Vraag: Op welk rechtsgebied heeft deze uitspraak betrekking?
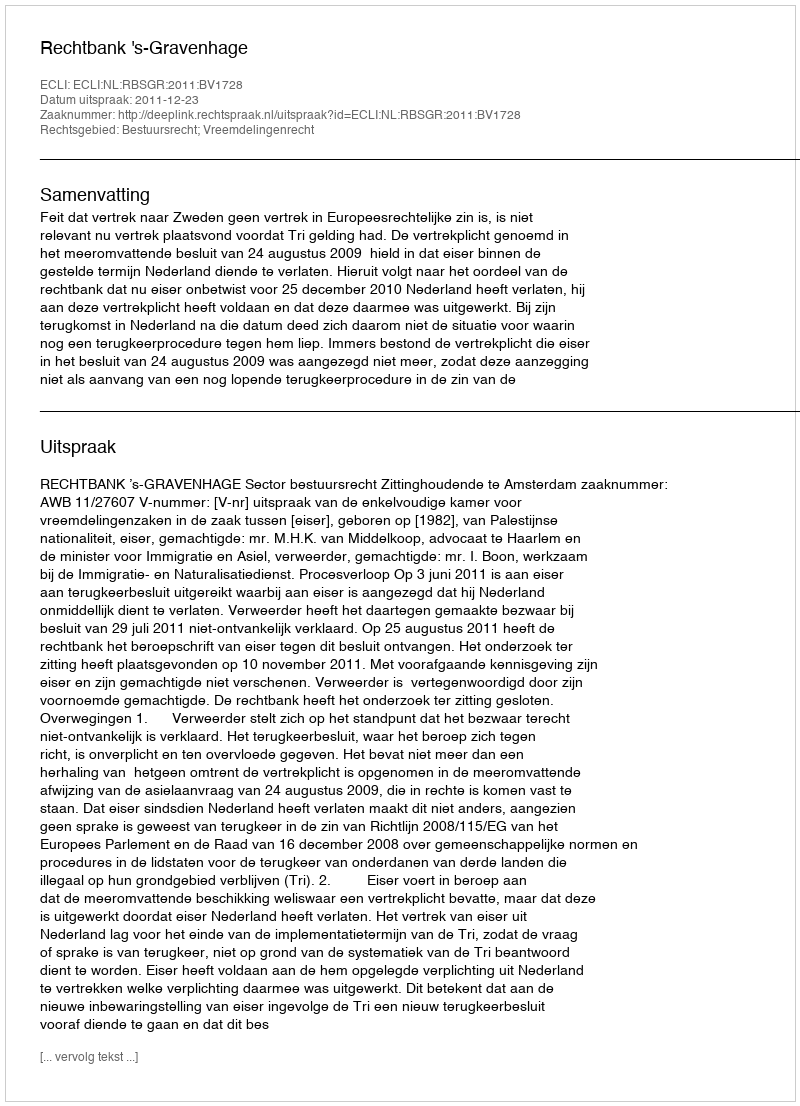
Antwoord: Bestuursrecht; Vreemdelingenrecht